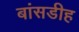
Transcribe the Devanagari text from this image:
बांसडीह